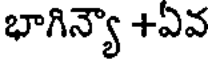
భాగిన్యా +ఏవ